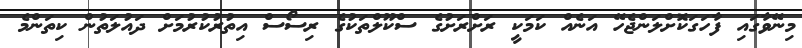
މިނޭވާގައި ފާހަގަކޮށްލަންޖެހޭ އަނެއް ކަމަކީ ރަށްރަށުގެ ސްކޫލްތަކުގެ ރިސޯސް އިތުރުކުރުމަށް ދައުލަތުން ކިތަންމެ